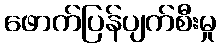
ဖောက်ပြန်ပျက်စီးမှု